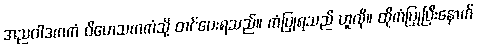
အညဝါဒကကံ ဝိဟေသကကံသို့ တင်ပေးရသည်။ ကံပြုရသည် ဟူလို။ ထိုကံပြုပြီးနောက်